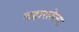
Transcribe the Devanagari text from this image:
बहारलेल्या